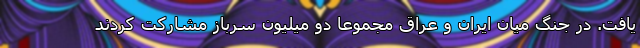
یافت. در جنگ میان ایران و عراق مجموعاً دو میلیون سرباز مشارکت کردند